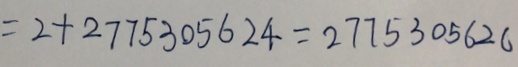
= 2 + 2 7 7 5 3 0 5 6 2 4 = 2 7 7 5 3 0 5 6 2 0